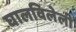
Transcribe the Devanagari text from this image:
घालविलेली